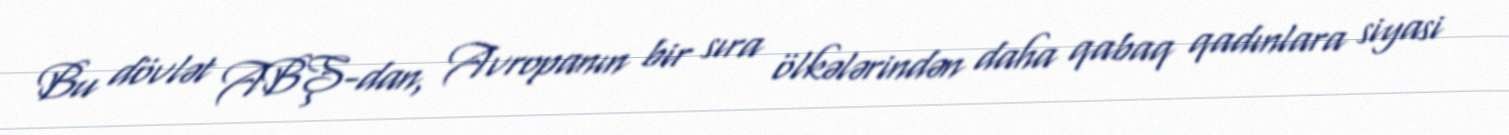
Bu dövlət ABŞ-dan, Avropanın bir sıra ölkələrindən daha qabaq qadınlara siyasi